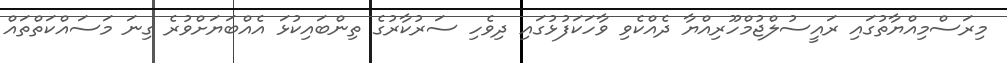
މިރަސްމިއްޔާތުގައި ރައީސުލްޖުމްހޫރިއްޔާ ދެއްކެވި ވާހަކަފުޅުގައި ދިވެހި ސަރުކާރުގެ ތިންބައިކުޅަ އެއްބަޔަށްވުރެ ގިނަ މަސައްކަތްތައް